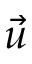
\vec { u }